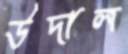
উদাল